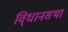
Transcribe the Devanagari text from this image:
वि्धानसभा